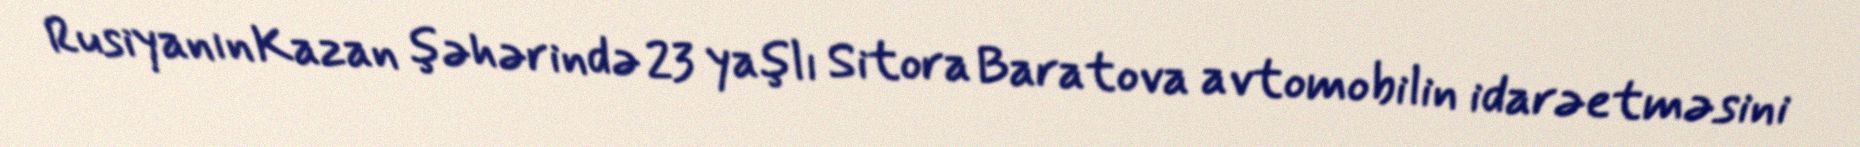
Rusiyanın Kazan şəhərində 23 yaşlı Sitora Baratova avtomobilin idarəetməsini